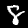
Label: 8